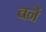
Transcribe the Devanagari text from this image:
वनें